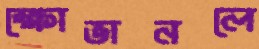
ক্ষোভানলে